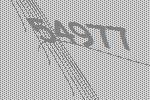
54977